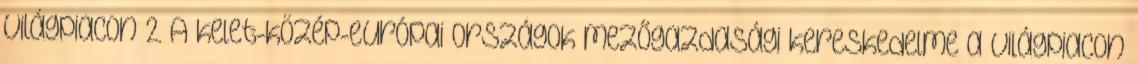
világpiacon 2. A kelet-közép-európai országok mezőgazdasági kereskedelme a világpiacon